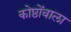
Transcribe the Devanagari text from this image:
कोष्ठोंवाला